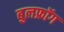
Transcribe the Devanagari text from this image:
बुलफ्रॉग